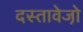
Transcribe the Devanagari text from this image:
दस्तावेजो़